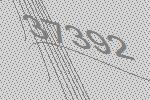
37392